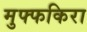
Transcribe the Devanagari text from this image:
मुफ्फकिरा